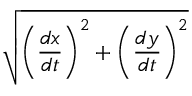
\sqrt { \left( { \frac { d x } { d t } } \right) ^ { 2 } + \left( { \frac { d y } { d t } } \right) ^ { 2 } }